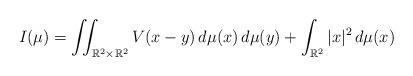
LaTeX: \begin{align*}I(\mu) = \iint_{\mathbb{R}^2\times \mathbb{R}^2} V(x-y) \,d\mu(x) \,d\mu(y) + \int_{\mathbb{R}^2} |x|^2 \,d\mu(x)\end{align*}